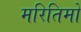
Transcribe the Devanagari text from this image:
मरितिमो